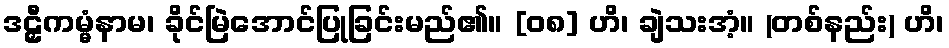
ဒဠှီကမ္မံနာမ၊ ခိုင်မြဲအောင်ပြုခြင်းမည်၏။ [၀၈] ဟိ၊ ချဲသးအံ့။ (တစ်နည်း) ဟိ၊